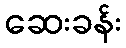
ဆေးခန်း